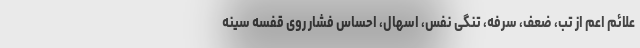
علائم اعم از تب، ضعف، سرفه، تنگی نفس، اسهال، احساس فشار روی قفسه سینه